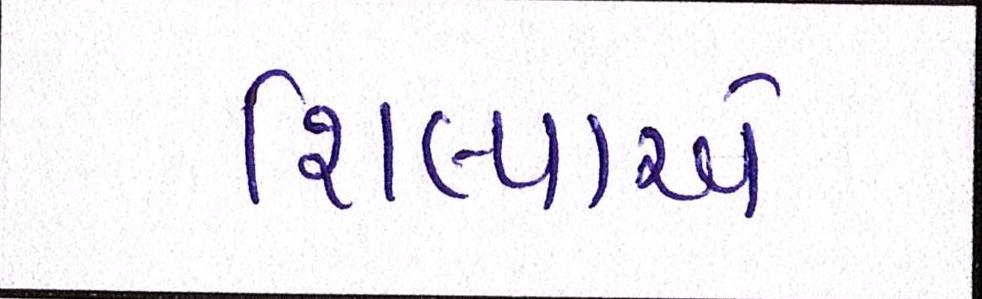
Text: શિલ્પાએ